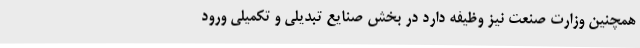
همچنین وزارت صنعت نیز وظیفه دارد در بخش صنایع تبدیلی و تکمیلی ورود